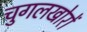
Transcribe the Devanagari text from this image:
चुगलखोरों